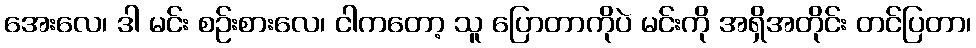
အေးလေ၊ ဒါ မင်း စဉ်းစားလေ၊ ငါကတော့ သူ ပြောတာကိုပဲ မင်းကို အရှိအတိုင်း တင်ပြတာ၊